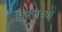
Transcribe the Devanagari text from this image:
क्विरलच्या